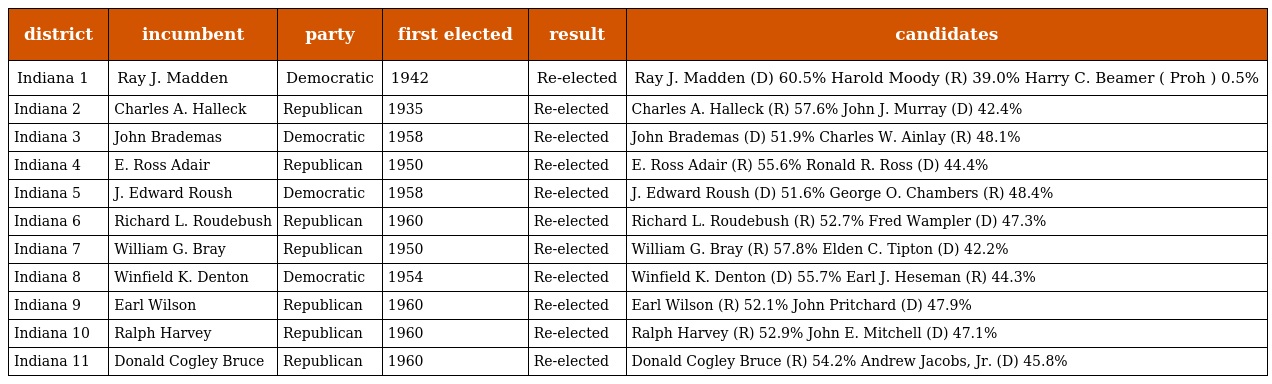
| district | incumbent | party | first elected | result | candidates |
 | --- | --- | --- | --- | --- | --- |
 | Indiana 1 | Ray J. Madden | Democratic | 1942 | Re-elected | Ray J. Madden (D) 60.5% Harold Moody (R) 39.0% Harry C. Beamer ( Proh ) 0.5% |
 | Indiana 2 | Charles A. Halleck | Republican | 1935 | Re-elected | Charles A. Halleck (R) 57.6% John J. Murray (D) 42.4% |
 | Indiana 3 | John Brademas | Democratic | 1958 | Re-elected | John Brademas (D) 51.9% Charles W. Ainlay (R) 48.1% |
 | Indiana 4 | E. Ross Adair | Republican | 1950 | Re-elected | E. Ross Adair (R) 55.6% Ronald R. Ross (D) 44.4% |
 | Indiana 5 | J. Edward Roush | Democratic | 1958 | Re-elected | J. Edward Roush (D) 51.6% George O. Chambers (R) 48.4% |
 | Indiana 6 | Richard L. Roudebush | Republican | 1960 | Re-elected | Richard L. Roudebush (R) 52.7% Fred Wampler (D) 47.3% |
 | Indiana 7 | William G. Bray | Republican | 1950 | Re-elected | William G. Bray (R) 57.8% Elden C. Tipton (D) 42.2% |
 | Indiana 8 | Winfield K. Denton | Democratic | 1954 | Re-elected | Winfield K. Denton (D) 55.7% Earl J. Heseman (R) 44.3% |
 | Indiana 9 | Earl Wilson | Republican | 1960 | Re-elected | Earl Wilson (R) 52.1% John Pritchard (D) 47.9% |
 | Indiana 10 | Ralph Harvey | Republican | 1960 | Re-elected | Ralph Harvey (R) 52.9% John E. Mitchell (D) 47.1% |
 | Indiana 11 | Donald Cogley Bruce | Republican | 1960 | Re-elected | Donald Cogley Bruce (R) 54.2% Andrew Jacobs, Jr. (D) 45.8% |